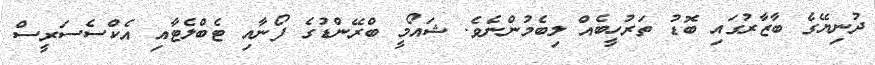
ދުނިޔޭގެ ބާޒާރުގައި ބޮޑު ތަރުހީބެއް ލިބެމުންނެވެ. ޝައޯމީ ބްރޭންޑުގެ ފޯނާއި ޓެބްލެޓާއި އެކްސެސަރީސް